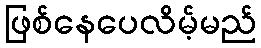
ဖြစ်နေပေလိမ့်မည်